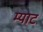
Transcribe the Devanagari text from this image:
म्याट